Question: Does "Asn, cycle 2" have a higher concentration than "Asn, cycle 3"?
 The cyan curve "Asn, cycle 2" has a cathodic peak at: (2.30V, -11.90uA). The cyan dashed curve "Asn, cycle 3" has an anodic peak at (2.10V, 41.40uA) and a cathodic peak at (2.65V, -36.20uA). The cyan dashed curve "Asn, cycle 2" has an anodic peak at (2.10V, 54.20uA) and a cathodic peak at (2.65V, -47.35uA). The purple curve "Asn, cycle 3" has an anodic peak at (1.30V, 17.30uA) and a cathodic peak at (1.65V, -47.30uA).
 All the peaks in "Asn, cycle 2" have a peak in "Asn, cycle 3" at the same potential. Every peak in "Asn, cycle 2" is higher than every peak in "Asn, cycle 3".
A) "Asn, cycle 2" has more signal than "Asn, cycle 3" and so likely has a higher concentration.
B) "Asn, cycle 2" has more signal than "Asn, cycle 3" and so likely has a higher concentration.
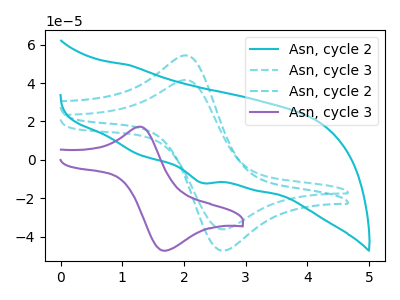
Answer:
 <answer>B) "Asn, cycle 2" has more signal than "Asn, cycle 3" and so likely has a higher concentration.</answer>
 <eval>B</eval>